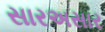
સારઅસાર